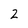
Character: 2